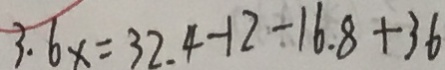
3 . 6 x = 3 2 . 4 - 1 2 - 1 6 . 8 + 3 6